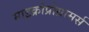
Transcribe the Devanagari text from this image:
माइक्रोप्रोग्रामर्स